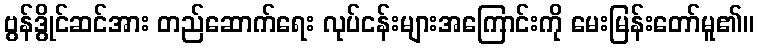
ဗွန်ဒွိုင်ဆင်အား တည်ဆောက်ရေး လုပ်ငန်းများအကြောင်းကို မေးမြန်းတော်မူ၏။